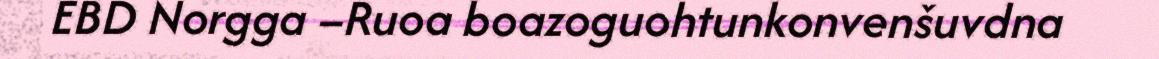
EBD Norgga –Ruoa boazoguohtunkonvenšuvdna